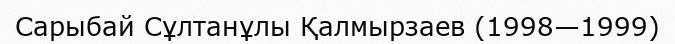
Сарыбай Сұлтанұлы Қалмырзаев (1998—1999)